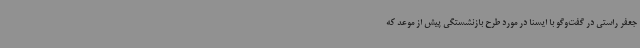
جعفر راستی در گفت‌وگو با ایسنا در مورد طرح بازنشستگی پیش از موعد که